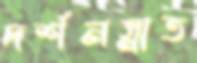
দর্শনস্নাত